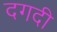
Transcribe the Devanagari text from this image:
दगदी